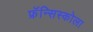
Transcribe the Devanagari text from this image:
फ्रॅन्सिस्कोला